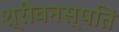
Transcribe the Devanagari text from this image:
श्रीवनस्पति